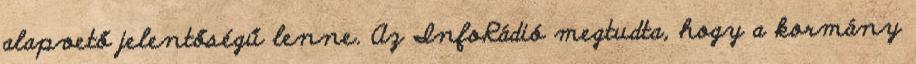
alapvető jelentőségű lenne. Az InfoRádió megtudta, hogy a kormány